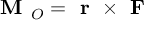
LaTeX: { \textbf { M } } _ { O } = { \textbf { r } } \times { \textbf { F } }